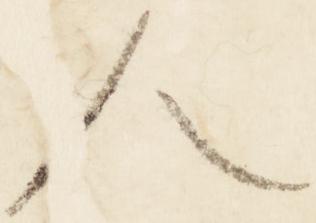
人